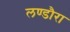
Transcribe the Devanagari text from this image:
लण्डौरा